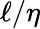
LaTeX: \ell/\eta